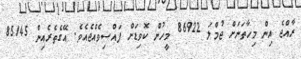
ރާއްޖެ އިން މިހާތަނަށް ޖުމްލަ 86922 މީހުން ކޮވިޑަށް ފައްސިވެއްޖެއެވެ. އޭގެތެރެއިން 85145